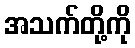
အသက်တို့ကို